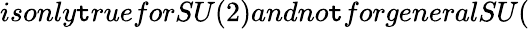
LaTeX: isonly\mathtt{t}rueforSU(2)andno\mathtt{t}forgeneralSU(